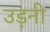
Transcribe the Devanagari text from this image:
उड़नी